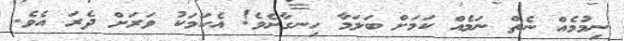
ނިމުމެއް ނެތް ނަމެއް ކަމަށް ބަލަމާ ހިނގާށެވެ! އެކަމަކު ވަރަށް ދެރަ އެވެ.